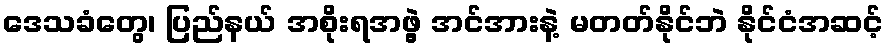
ဒေသခံတွေ၊ ပြည်နယ် အစိုးရအဖွဲ့ အင်အားနဲ့ မတတ်နိုင်ဘဲ နိုင်ငံအဆင့်